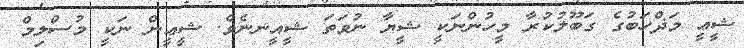
ޝީޢީ މަޛްހަބުގެ ގަބޫލުކުރާ މީހުންނަކީ ޝީޔާ ނުވަތަ ޝީއީނނެވެ. ޝީޢީން ނަކީ މުސްލިމް